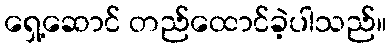
ရှေ့ဆောင် တည်ထောင်ခဲ့ပါသည်။